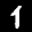
Label: 1